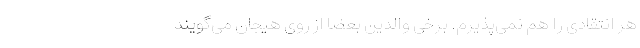
هر انتقادی را هم نمی‌پذیرم. برخی والدین بعضا از روی هیجان می‌گویند